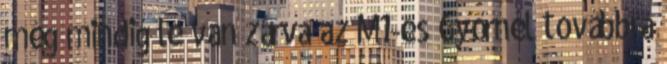
még mindig le van zárva az M1-es Győrnél továbbra